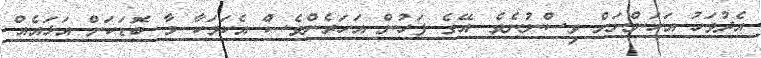
އެދުވަހު އަހަންނަށް ވިސްނުނެވެ. އޭގެ ފަހުން އަހަރެންވެސް އެކަމަކާ މާ ބޮޑަކަށް އަޅައެއް